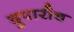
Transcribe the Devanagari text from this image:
दुपारीच